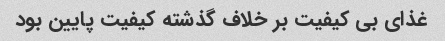
غذای بی کیفیت بر خلاف گذشته کیفیت پایین بود